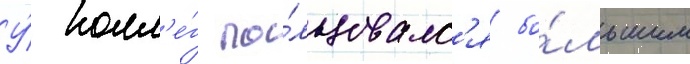
У́ колл'е́г по́льзовалс'я бо́льшим